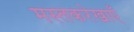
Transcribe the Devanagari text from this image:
मस्तकरेखाएँ